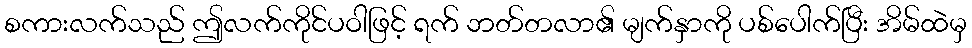
စကားလက်သည် ဤလက်ကိုင်ပဝါဖြင့် ရက် ဘတ်တလာ၏ မျက်နှာကို ပစ်ပေါက်ပြီး အိမ်ထဲမှ